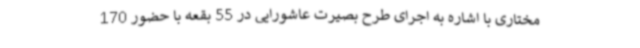
مختاری با اشاره به اجرای طرح بصیرت عاشورایی در 55 بقعه با حضور 170